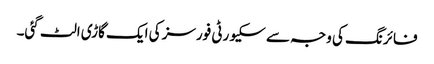
فائرنگ کی وجہ سے سکیورٹی فورسز کی ایک گاڑی الٹ گئی۔